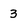
Character: 3